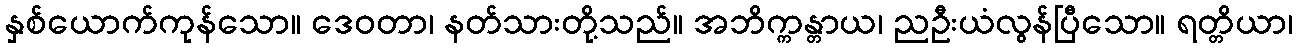
နှစ်ယောက်ကုန်သော။ ဒေဝတာ၊ နတ်သားတို့သည်။ အဘိက္ကန္တာယ၊ ညဦးယံလွန်ပြီသော။ ရတ္တိယာ၊